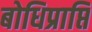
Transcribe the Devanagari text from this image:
बोधिप्राप्ति